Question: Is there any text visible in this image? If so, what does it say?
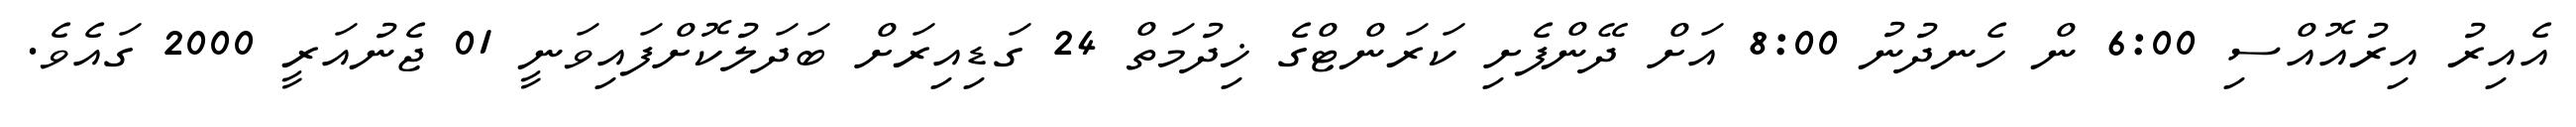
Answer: އެއިރު އިރުއޮއްސި 6:00 ން ހެނދުނު 8:00 އަށް ދޭންފެށި ކަރަންޓްގެ ޚިދުމަތް 24 ގަޑިއިރަށް ބަދަލުކޮށްފައިވަނީ 01 ޖެނުއަރީ 2000 ގައެވެ.